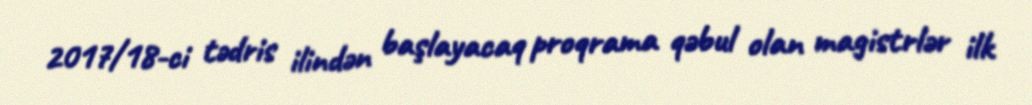
2017/18-ci tədris ilindən başlayacaq proqrama qəbul olan magistrlər ilk